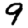
Digit: 9